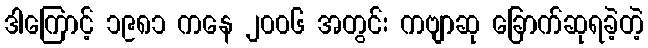
ဒါကြောင့် ၁၉၈၁ ကနေ ၂၀၀၆ အတွင်း ကဗျာဆု ခြောက်ဆုရခဲ့တဲ့